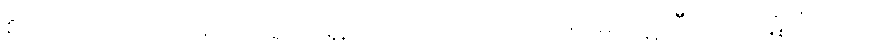
စိတ်သည်။ ရသတဏှာယ၊ ရသာရုံ၌ တပ်တတ်သော တဏှာမှ။ ပဋိလီယတံ ပဋိလီယတိ